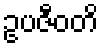
ဥပဇီဝတိ